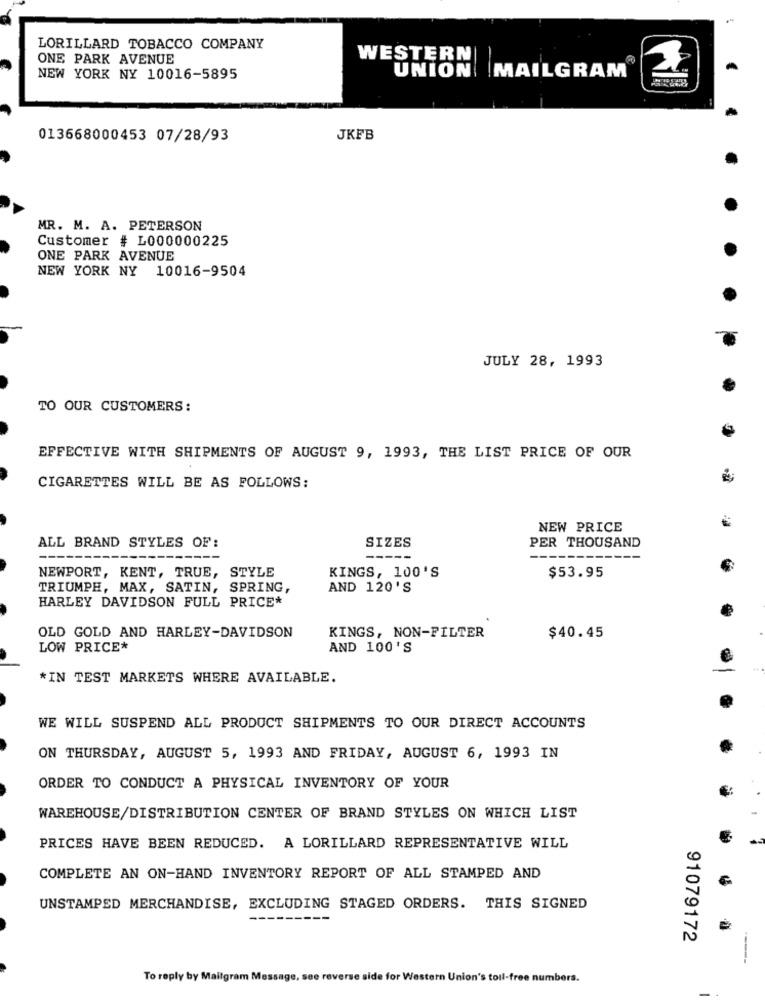
LORILLARD TOBACCO COMPANY
ONE PARK AVENUE
WESTERN
NEW YORK NY 10016-5895
UNION MAILGRAM
013668000453 07/28/93
JKFB
MR. M. A. PETERSON
Customer # L000000225
ONE PARK AVENUE
NEW YORK NY 10016-9504
JULY 28, 1993
TO OUR CUSTOMERS:
EFFECTIVE WITH SHIPMENTS OF AUGUST 9, 1993, THE LIST PRICE OF OUR
CIGARETTES WILL BE AS FOLLOWS:
NEW PRICE
ALL BRAND STYLES OF:
SIZES
PER THOUSAND
----
NEWPORT, KENT, TRUE, STYLE
KINGS, 100'S
$53.95
TRIUMPH, MAX, SATIN, SPRING,
AND 120'S
HARLEY DAVIDSON FULL PRICE*
OLD GOLD AND HARLEY-DAVIDSON
KINGS, NON-FILTER
$40.45
LOW PRICE*
AND 100'S
*IN TEST MARKETS WHERE AVAILABLE.
WE WILL SUSPEND ALL PRODUCT SHIPMENTS TO OUR DIRECT ACCOUNTS
ON THURSDAY, AUGUST 5, 1993 AND FRIDAY, AUGUST 6, 1993 IN
ORDER TO CONDUCT A PHYSICAL INVENTORY OF YOUR
WAREHOUSE/DISTRIBUTION CENTER OF BRAND STYLES ON WHICH LIST
PRICES HAVE BEEN REDUCED. A LORILLARD REPRESENTATIVE WILL
COMPLETE AN ON-HAND INVENTORY REPORT OF ALL STAMPED AND
UNSTAMPED MERCHANDISE, EXCLUDING STAGED ORDERS. THIS SIGNED
----
91079172
To reply by Mailgram Message, see reverse
for Western Union's toll-free numbers.